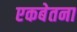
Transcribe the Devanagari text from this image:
एकबेतना